Code of medical and sanitary regulations for the guidance of medical officers serving in the Madras Presidency - Volume II
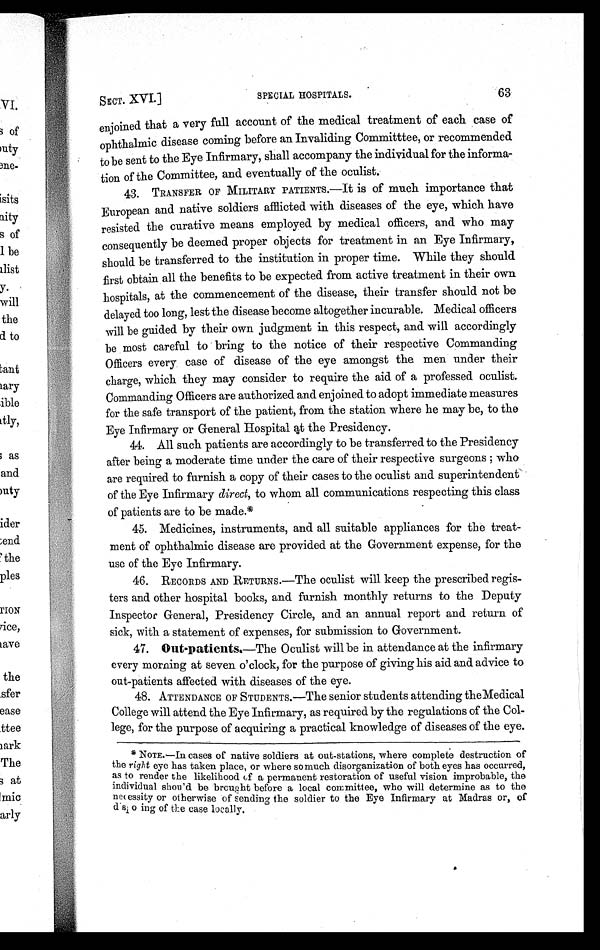
SECT. XVI.]
SPECIAL HOSPITALS.
63
enjoined that a very full account of the medical treatment of each case of
ophthalmic disease coming before an Invaliding Committtee, or recommended
to be sent to the Eye Infirmary, shall accompany the individual for the informa
-tion of the Committee, and eventually of the oculist.
43. TRANSFER OF MILITARY PATIENTS.—It is of much importance that
European and native soldiers afflicted with diseases of the eye, which have
resisted the curative means employed by medical officers, and who may
consequently be deemed proper objects for treatment in an Eye Infirmary,
should be transferred to the institution in proper time. While they should
first obtain all the benefits to be expected from active treatment in their own
hospitals, at the commencement of the disease, their transfer should not be
delayed too long, lest the disease become altogether incurable. Medical officers
will be guided by their own judgment in this respect, and will accordingly
be most careful to bring to the notice of their respective Commanding
Officers every case of disease of the eye amongst the men under their
charge, which they may consider to require the aid of a professed oculist.
Commanding Officers are authorized and enjoined to adopt immediate measures
for the safe transport of the patient, from the station where he may be, to the
Eye Infirmary or General Hospital at the Presidency.
44. All such patients are accordingly to be transferred to the Presidency
after being a moderate time under the care of their respective surgeons; who
are required to furnish a copy of their cases to the oculist and superintendent
of the Eye Infirmary direct, to whom all communications respecting this class
of patients are to be made.*
45. Medicines, instruments, and all suitable appliances for the treat
-ment of ophthalmic disease are provided at the Government expense, for the
use of the Eye Infirmary.
46. RECORDS AND RETURNS.—The oculist will keep the prescribed regis-
ters and other hospital books, and furnish monthly returns to the Deputy
Inspector General, Presidency Circle, and an annual report and return of
sick, with a statement of expenses, for submission to Government.
47.
Out-patients.—The Oculist will be in attendance at the infirmary
every morning at seven o'clock, for the purpose of giving his aid and advice to
out-patients affected with diseases of the eye.
48. ATTENDANCE OF STUDENTS.—The senior students attending the Medical
College will attend the Eye Infirmary, as required by the regulations of the Col
-lege, for the purpose of acquiring a practical knowledge of diseases of the eye.
*NOTE.— In cases of native soldiers at out-stations, where complete destruction of
the right eye has taken place, or where so much disorganization of both eyes has occurred,
as t o r ender t he l i kel i hood of a per manent r est or at i on of usef ul vi si on i mpr obabl e, t he
individual should be brought before a local committee, who will determine as to the
necessity or otherwise of sending the soldier to the Eye Infirmary at Madras or, of
disposing of the case locally,